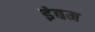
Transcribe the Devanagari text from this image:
इंबम